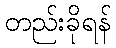
တည်းခိုရန်